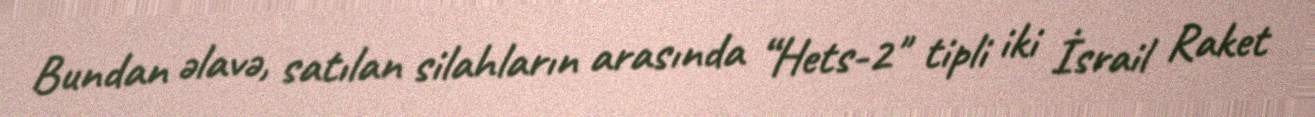
Bundan əlavə, satılan silahların arasında “Hets-2" tipli iki İsrail Raket